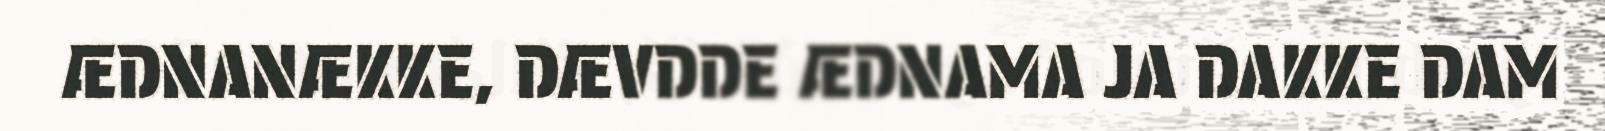
ÆDNANÆKKE, DÆVDDE ÆDNAMA JA DAKKE DAM